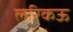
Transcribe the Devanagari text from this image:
लरिकऊ